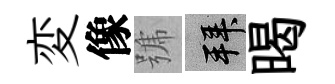
変像號拜暍